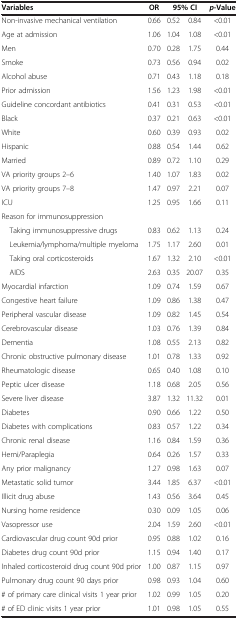
<table><thead><tr><td><b>Variables</b></td><td><b>OR</b></td><td colspan="2"><b>95% CI</b></td><td><b><i>p</i>-Value</b></td></tr></thead><tbody><tr><td>Non-invasive mechanical ventilation</td><td>0.66</td><td>0.52</td><td>0.84</td><td>&lt;0.01</td></tr><tr><td>Age at admission</td><td>1.06</td><td>1.04</td><td>1.08</td><td>&lt;0.01</td></tr><tr><td>Men</td><td>0.70</td><td>0.28</td><td>1.75</td><td>0.44</td></tr><tr><td>Smoke</td><td>0.73</td><td>0.56</td><td>0.94</td><td>0.02</td></tr><tr><td>Alcohol abuse</td><td>0.71</td><td>0.43</td><td>1.18</td><td>0.18</td></tr><tr><td>Prior admission</td><td>1.56</td><td>1.23</td><td>1.98</td><td>&lt;0.01</td></tr><tr><td>Guideline concordant antibiotics</td><td>0.41</td><td>0.31</td><td>0.53</td><td>&lt;0.01</td></tr><tr><td>Black</td><td>0.37</td><td>0.21</td><td>0.63</td><td>&lt;0.01</td></tr><tr><td>White</td><td>0.60</td><td>0.39</td><td>0.93</td><td>0.02</td></tr><tr><td>Hispanic</td><td>0.88</td><td>0.54</td><td>1.44</td><td>0.62</td></tr><tr><td>Married</td><td>0.89</td><td>0.72</td><td>1.10</td><td>0.29</td></tr><tr><td>VA priority groups 2–6</td><td>1.40</td><td>1.07</td><td>1.83</td><td>0.02</td></tr><tr><td>VA priority groups 7–8</td><td>1.47</td><td>0.97</td><td>2.21</td><td>0.07</td></tr><tr><td>ICU</td><td>1.25</td><td>0.95</td><td>1.66</td><td>0.11</td></tr><tr><td>Reason for immunosuppression</td><td colspan="4"> </td></tr><tr><td> Taking immunosuppressive drugs</td><td>0.83</td><td>0.62</td><td>1.13</td><td>0.24</td></tr><tr><td> Leukemia/lymphoma/multiple myeloma</td><td>1.75</td><td>1.17</td><td>2.60</td><td>0.01</td></tr><tr><td> Taking oral corticosteroids</td><td>1.67</td><td>1.32</td><td>2.10</td><td>&lt;0.01</td></tr><tr><td> AIDS</td><td>2.63</td><td>0.35</td><td>20.07</td><td>0.35</td></tr><tr><td>Myocardial infarction</td><td>1.09</td><td>0.74</td><td>1.59</td><td>0.67</td></tr><tr><td>Congestive heart failure</td><td>1.09</td><td>0.86</td><td>1.38</td><td>0.47</td></tr><tr><td>Peripheral vascular disease</td><td>1.09</td><td>0.82</td><td>1.45</td><td>0.54</td></tr><tr><td>Cerebrovascular disease</td><td>1.03</td><td>0.76</td><td>1.39</td><td>0.84</td></tr><tr><td>Dementia</td><td>1.08</td><td>0.55</td><td>2.13</td><td>0.82</td></tr><tr><td>Chronic obstructive pulmonary disease</td><td>1.01</td><td>0.78</td><td>1.33</td><td>0.92</td></tr><tr><td>Rheumatologic disease</td><td>0.65</td><td>0.40</td><td>1.08</td><td>0.10</td></tr><tr><td>Peptic ulcer disease</td><td>1.18</td><td>0.68</td><td>2.05</td><td>0.56</td></tr><tr><td>Severe liver disease</td><td>3.87</td><td>1.32</td><td>11.32</td><td>0.01</td></tr><tr><td>Diabetes</td><td>0.90</td><td>0.66</td><td>1.22</td><td>0.50</td></tr><tr><td>Diabetes with complications</td><td>0.83</td><td>0.57</td><td>1.22</td><td>0.34</td></tr><tr><td>Chronic renal disease</td><td>1.16</td><td>0.84</td><td>1.59</td><td>0.36</td></tr><tr><td>Hemi/Paraplegia</td><td>0.64</td><td>0.26</td><td>1.57</td><td>0.33</td></tr><tr><td>Any prior malignancy</td><td>1.27</td><td>0.98</td><td>1.63</td><td>0.07</td></tr><tr><td>Metastatic solid tumor</td><td>3.44</td><td>1.85</td><td>6.37</td><td>&lt;0.01</td></tr><tr><td>Illicit drug abuse</td><td>1.43</td><td>0.56</td><td>3.64</td><td>0.45</td></tr><tr><td>Nursing home residence</td><td>0.30</td><td>0.09</td><td>1.05</td><td>0.06</td></tr><tr><td>Vasopressor use</td><td>2.04</td><td>1.59</td><td>2.60</td><td>&lt;0.01</td></tr><tr><td>Cardiovascular drug count 90d prior</td><td>0.95</td><td>0.88</td><td>1.02</td><td>0.16</td></tr><tr><td>Diabetes drug count 90d prior</td><td>1.15</td><td>0.94</td><td>1.40</td><td>0.17</td></tr><tr><td>Inhaled corticosteroid drug count 90d prior</td><td>1.00</td><td>0.87</td><td>1.15</td><td>0.97</td></tr><tr><td>Pulmonary drug count 90 days prior</td><td>0.98</td><td>0.93</td><td>1.04</td><td>0.60</td></tr><tr><td># of primary care clinical visits 1 year prior</td><td>1.02</td><td>0.99</td><td>1.05</td><td>0.20</td></tr><tr><td># of ED clinic visits 1 year prior</td><td>1.01</td><td>0.98</td><td>1.05</td><td>0.55</td></tr></tbody></table>